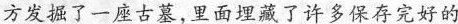
方发掘了一座古墓，里面埋藏了许多保存完好的